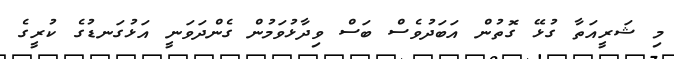
މި ޝަރީއަތާ ގުޅޭ ގޮތުން އަބަދުވެސް ބަސް ވިދާޅުވަމުން ގެންދަވަނީ އަޅުގަނޑުގެ ކުރީގެ